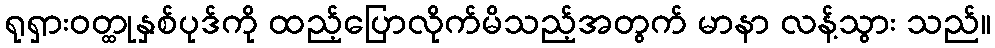
ရုရှားဝတ္ထုနှစ်ပုဒ်ကို ထည့်ပြောလိုက်မိသည့်အတွက် မာနာ လန့်သွား သည်။